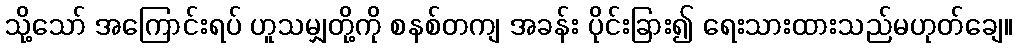
သို့သော် အကြောင်းရပ် ဟူသမျှတို့ကို စနစ်တကျ အခန်း ပိုင်းခြား၍ ရေးသားထားသည်မဟုတ်ချေ။